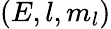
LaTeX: (E,l,m_{l})